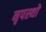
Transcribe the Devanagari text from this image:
नृपस्थो